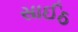
સાઈઠ